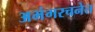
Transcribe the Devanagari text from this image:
अभंगरचनेत